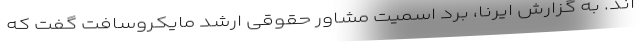
اند. به گزارش ایرنا، برد اسمیت مشاور حقوقی ارشد مایکروسافت گفت که